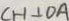
C H \bot O A